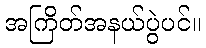
အကြိတ်အနယ်ပွဲပင်။